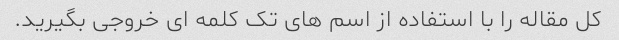
کل مقاله را با استفاده از اسم های تک کلمه ای خروجی بگیرید.